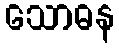
သောဓန